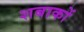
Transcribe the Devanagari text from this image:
शबाकों